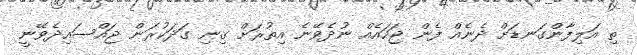
ތި އަލިފާންގަނޑަށް ދެނެއް ފެން ޖަހައެއް ނުދެވޭނެ އިތުރަށް ގިނި ގަދަކުރަން ޖައްސައިދެވޭނީ